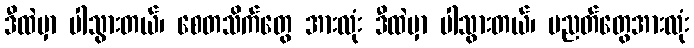
ဒီထဲမှာ ပါသွားတယ်၊ စေတသိက်တွေ အားလုံး ဒီထဲမှာ ပါသွားတယ်၊ ပညတ်တွေအားလုံး